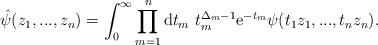
LaTeX: \begin{align*}\hat{\psi}(z_1,...,z_n) = \int_{0}^{\infty}\prod_{m=1}^n {\rm d}t_m \ t_m^{\Delta_m - 1}{\rm e}^{-t_m}\psi(t_1 z_1 ,...,t_n z_n) .\end{align*}